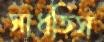
সাধতিস